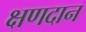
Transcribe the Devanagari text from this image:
क्षणदान